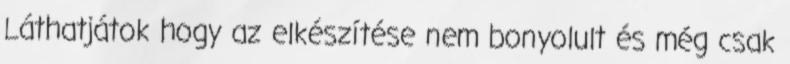
Láthatjátok hogy az elkészítése nem bonyolult és még csak